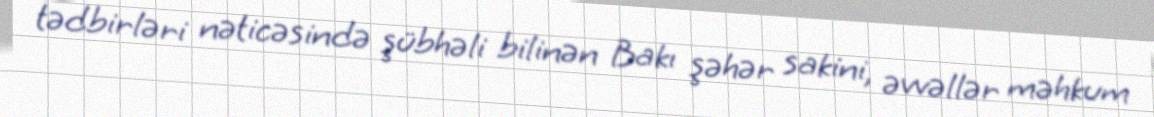
tədbirləri nəticəsində şübhəli bilinən Bakı şəhər sakini, əvvəllər məhkum